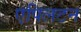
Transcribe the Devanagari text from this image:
एपिलटन